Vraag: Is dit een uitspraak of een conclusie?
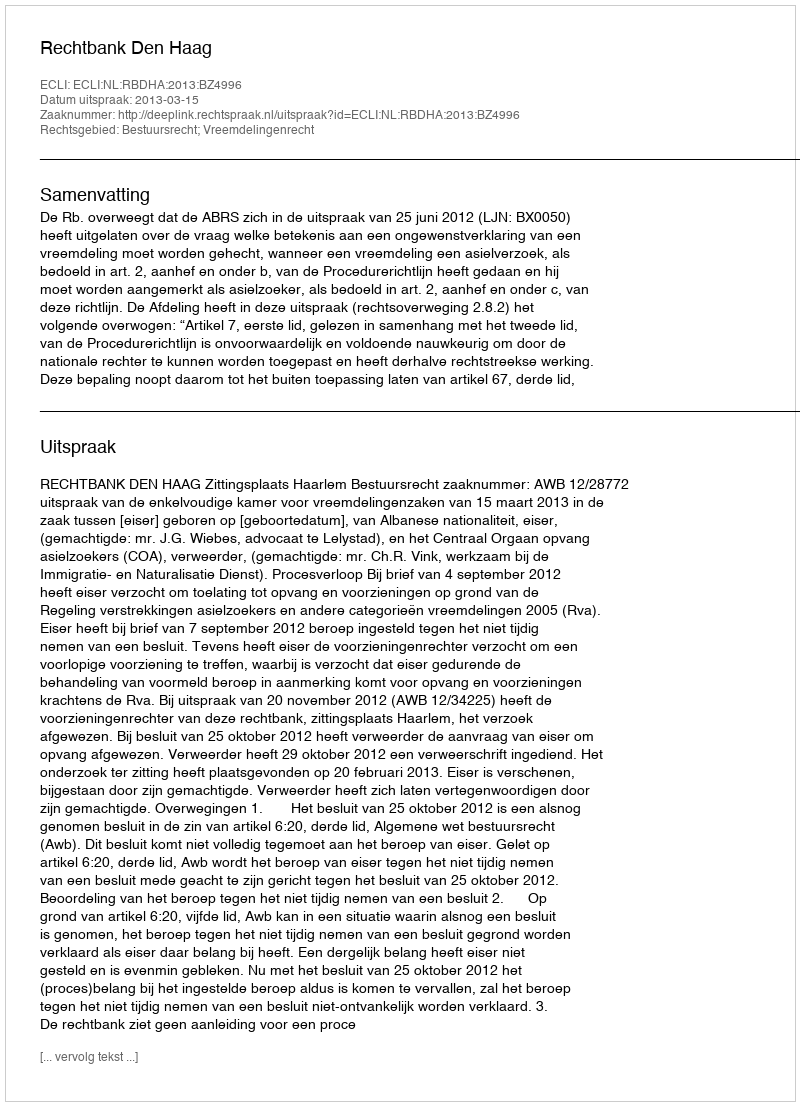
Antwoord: Uitspraak